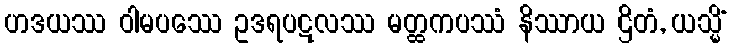
ဟဒယဿ ဝါမပဿေ ဥဒရပဋလဿ မတ္ထကပဿံ နိဿာယ ဌိတံ, ယသ္မိံ